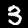
Digit: 3